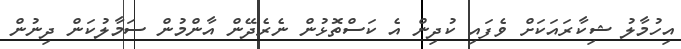
އިހުމާލު ޝިކާރައަކަށް ވެފައި ކުދިން އެ ކަސްތޮޅުން ނެރެދޭން އާންމުން ސަމާލުކަން ދިނުން